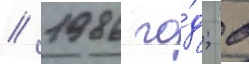
/ 1986 го́д; в